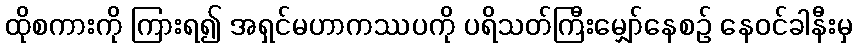
ထိုစကားကို ကြားရ၍ အရှင်မဟာကဿပကို ပရိသတ်ကြီးမျှော်နေစဉ် နေဝင်ခါနီးမှ